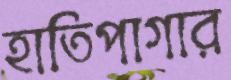
হাতিপাগার